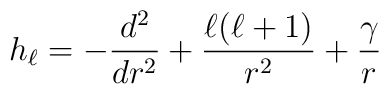
h_\ell = -\frac{d^2}{dr^2} + \frac{\ell (\ell+1)}{r^2} +\frac{\gamma}{r}